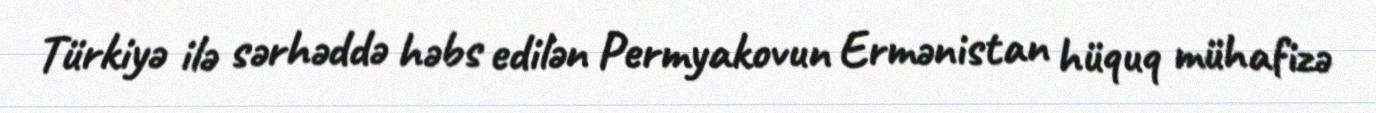
Türkiyə ilə sərhəddə həbs edilən Permyakovun Ermənistan hüquq mühafizə